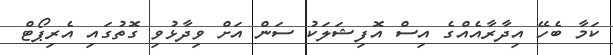
ކަމާ ބެހޭ އިދާރާއެއްގެ އިސް އޮފިޝަލަކު ސަން އަށް ވިދާޅުވި ގޮތުގައި އެރިޕޯޓް